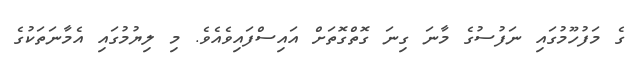
ގެ މަފުހޫމުގައި ނަފުސުގެ މާނަ ގިނަ ގޮތްގޮތަށް އައިސްފައިވެއެވެ. މި ލިޔުމުގައި އެމާނަތަކުގެ